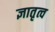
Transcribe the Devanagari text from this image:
ज्ञातृत्व